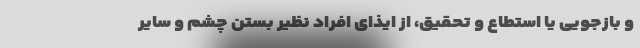
و بازجویی یا استطاع و تحقیق، از ایذای افراد نظیر بستن چشم و سایر